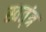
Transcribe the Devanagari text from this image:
स्वत्ंत्र